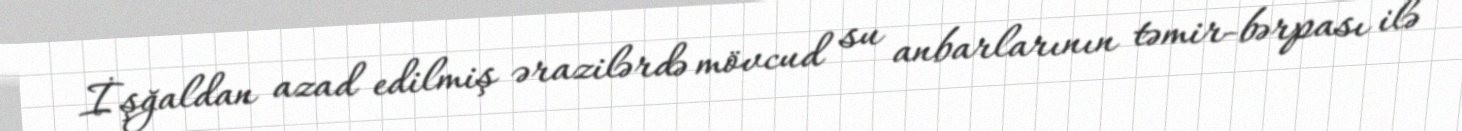
İşğaldan azad edilmiş ərazilərdə mövcud su anbarlarının təmir-bərpası ilə